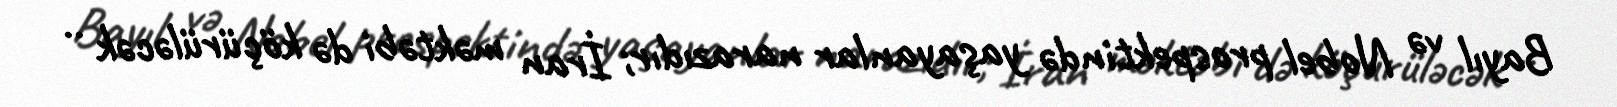
Bayıl və Nobel prospektində yaşayanlar narazıdır; İran məktəbi də köçürüləcək ..